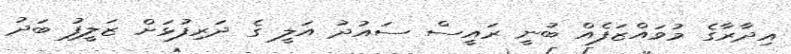
އިދާރާގެ މުވައްޒަފެއް ބުނީ ރައީސް ސައުދު އަލީ ގެ ދަރިފުޅަށް ޒަލީފު ބަދު